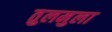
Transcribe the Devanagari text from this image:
तुलमुला